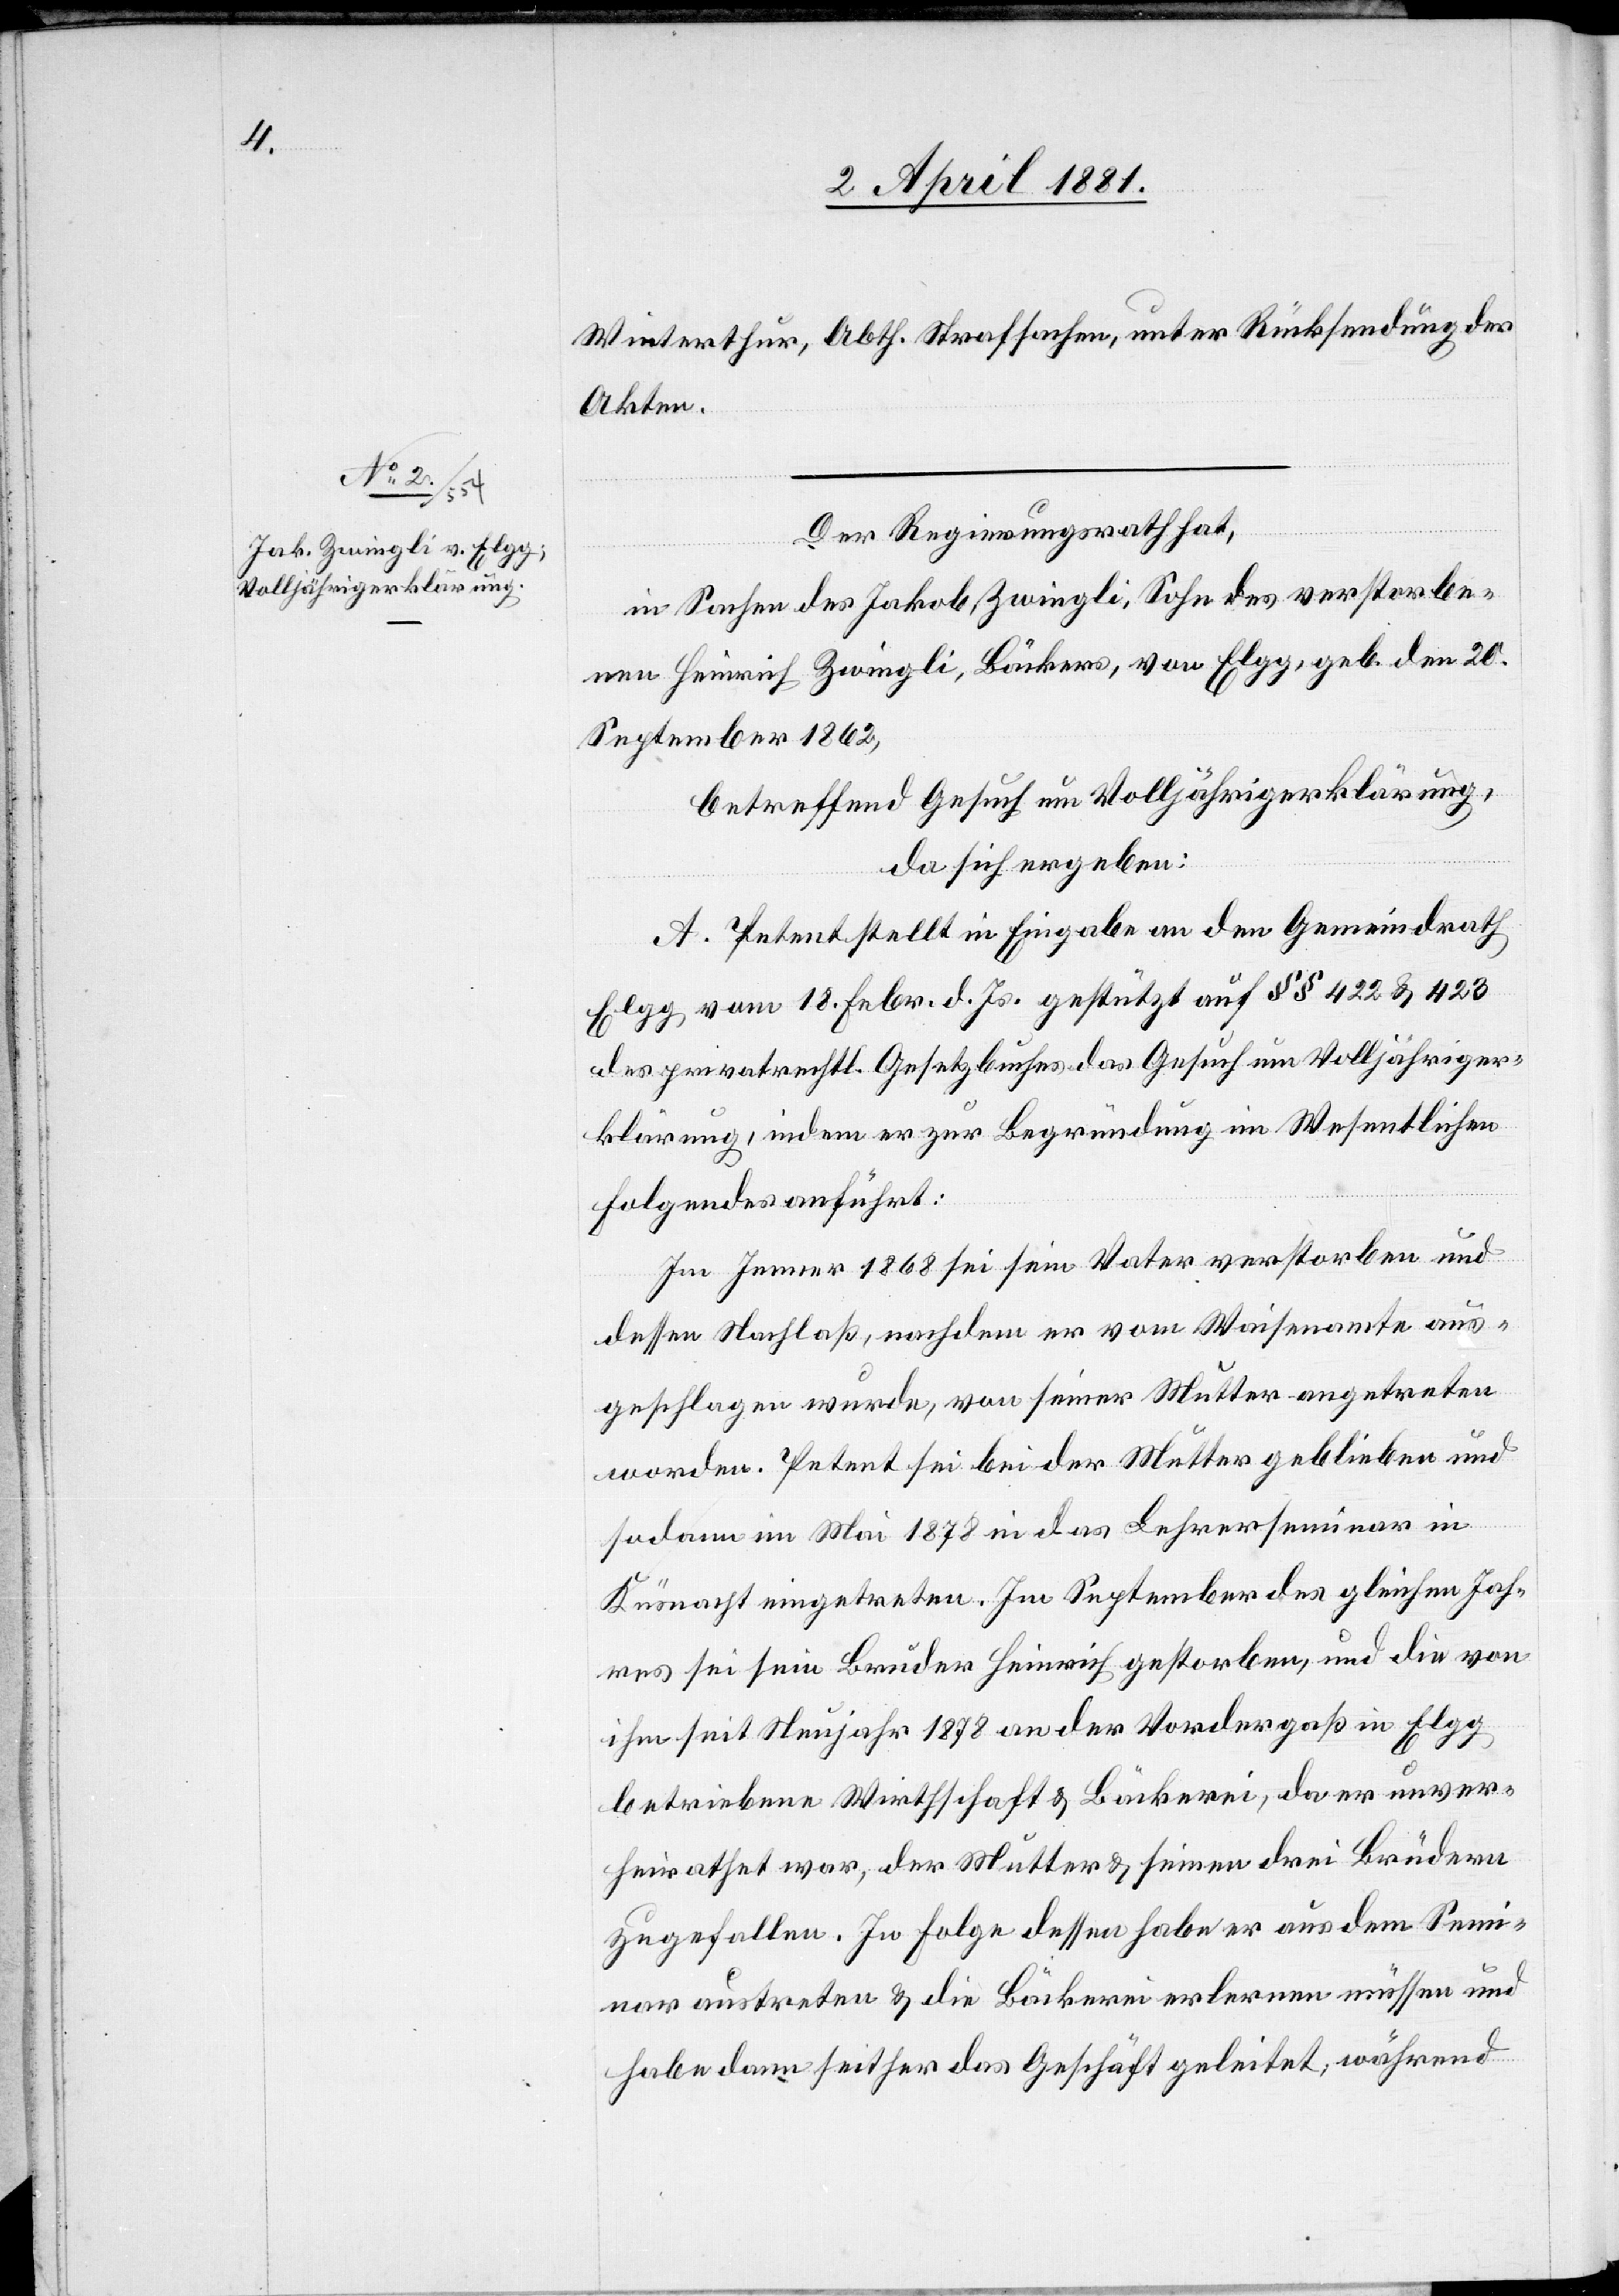
Winterthur, Abth. Strafsachen, unter Rücksendung der
Akten.
Der Regierungsrath,
in Sachen des Jakob Zwingli, Sohn des verstorbe¬
nen Heinrich Zwingli, Bäckers, von Elgg, geb. den 20.
September 1862,
betreffend Gesuch um Volljährigerklärung,
da sich ergeben:
A. Petent stellt in Eingabe an den Gemeindrath
Elgg vom 18. Febr. d. Js. gestützt auf §§ 422 & 423
des privatrechtl. Gesetzbuches das Gesuch um Volljähriger¬
klärung, indem er zur Begründung im Wesentlichen
Folgendes anführt:
Im Jenner 1868 sei sein Vater verstorben und
dessen Nachlaß, nachdem er vom Waisenamte aus¬
geschlagen wurde, von seiner Mutter angetreten
worden. Petent sei bei der Mutter geblieben und
sodann im Mai 1878 in den Lehrerseminar in
Küsnacht eingetreten. Im September des gleichen Jah¬
res sei sein Bruder Heinrich gestorben, und die von
ihm seit Neujahr 1878 an der Vordergaß b¬
etriebene Wirthschaft & Bäckerei, da er unver¬
heirathet war, der Mutter & seinen drei Brüdern
zugefallen. In Folge dessen habe er aus dem Semi¬
nar austreten & die Bäckerei erlernen müssen und
habe dann seither das Geschäft geleitet, während